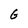
Character: G